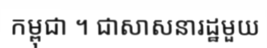
កម្ពុជា ។ ជាសាសនារដ្ឋមួយ